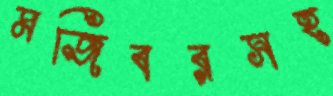
মজিবরসহ